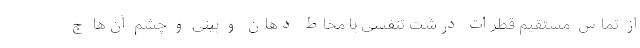
از تماس مستقیم قطرات درشت تنفسی با مخاط دهان و بینی و چشم آن‌ها ج